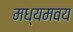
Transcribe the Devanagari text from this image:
मध्यमवय